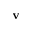
\textbf { v }